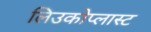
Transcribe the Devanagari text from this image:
लिउकोप्लास्ट